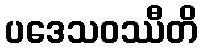
ပဒေသဝဿီတိ